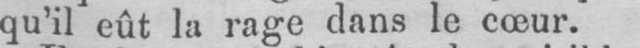
qu’il eût la rage dans le cœur.